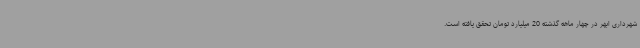
شهرداری ابهر در چهار ماهه گذشته 20 میلیارد تومان تحقق یافته است.